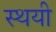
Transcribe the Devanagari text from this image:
स्‍थयी